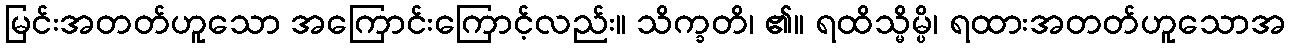
မြင်းအတတ်ဟူသော အကြောင်းကြောင့်လည်း။ သိက္ခတိ၊ ၏။ ရထိသ္မိမ္ပိ၊ ရထားအတတ်ဟူသောအ